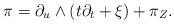
LaTeX: \begin{align*} \pi = \partial_u \wedge (t \partial_t +\xi) + \pi_Z.\end{align*}